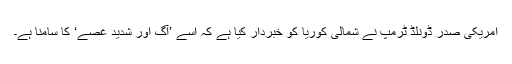
امريکی صدر ڈونلڈ ٹرمپ نے شمالی کوريا کو خبردار کيا ہے کہ اسے ’آگ اور شديد غصے‘ کا سامنا ہے۔